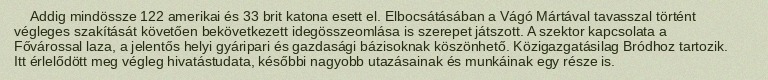
Addig mindössze 122 amerikai és 33 brit katona esett el. Elbocsátásában a Vágó Mártával tavasszal történt végleges szakítását követően bekövetkezett idegösszeomlása is szerepet játszott. A szektor kapcsolata a Fővárossal laza, a jelentős helyi gyáripari és gazdasági bázisoknak köszönhető. Közigazgatásilag Bródhoz tartozik. Itt érlelődött meg végleg hivatástudata, későbbi nagyobb utazásainak és munkáinak egy része is.